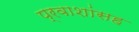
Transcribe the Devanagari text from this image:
प्रवाशांसह